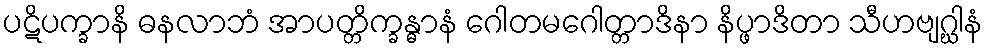
ပဋိပက္ခာနိ ဓနလာဘံ အာပတ္တိက္ခန္ဓာနံ ဂေါတမဂေါတ္တာဒိနာ နိပ္ဖာဒိတာ သီဟဗျဂ္ဃါနံ